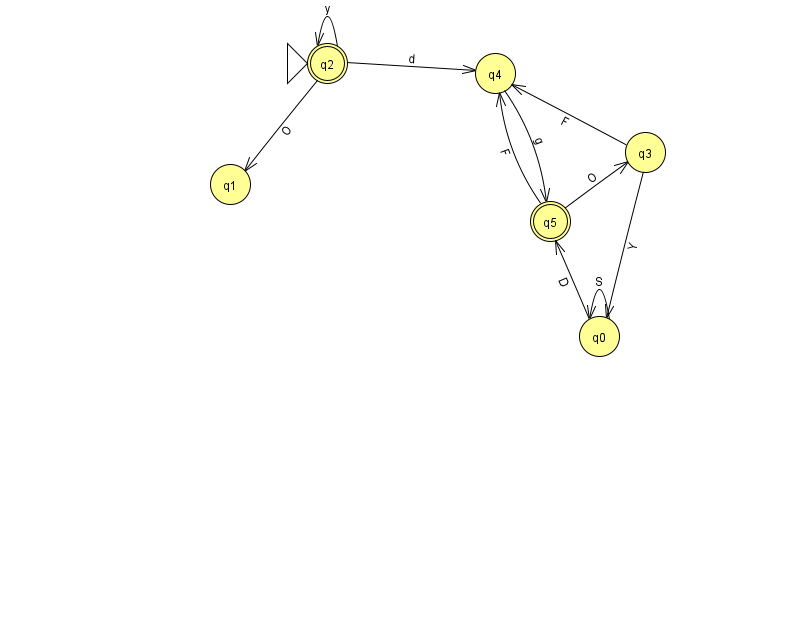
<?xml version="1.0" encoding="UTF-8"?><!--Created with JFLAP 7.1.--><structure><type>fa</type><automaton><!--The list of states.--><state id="0" name="q0"><x>599.0</x><y>323.0</y></state><state id="1" name="q1"><x>230.0</x><y>171.0</y></state><state id="2" name="q2"><x>327.0</x><y>50.0</y><initial/><final/></state><state id="3" name="q3"><x>645.0</x><y>139.0</y></state><state id="4" name="q4"><x>495.0</x><y>60.0</y></state><state id="5" name="q5"><x>550.0</x><y>208.0</y><final/></state><!--The list of transitions.--><transition><from>2</from><to>1</to><read>O</read></transition><transition><from>0</from><to>0</to><read>S</read></transition><transition><from>3</from><to>4</to><read>F</read></transition><transition><from>0</from><to>5</to><read>D</read></transition><transition><from>5</from><to>4</to><read>F</read></transition><transition><from>4</from><to>5</to><read>g</read></transition><transition><from>2</from><to>2</to><read>y</read></transition><transition><from>5</from><to>3</to><read>O</read></transition><transition><from>2</from><to>4</to><read>d</read></transition><transition><from>3</from><to>0</to><read>Y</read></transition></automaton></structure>